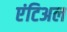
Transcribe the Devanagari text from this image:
एंटिअल